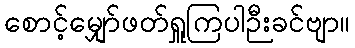
စောင့်မျှော်ဖတ်ရှူကြပါဉီးခင်ဗျာ။